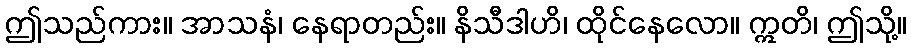
ဤသည်ကား။ အာသနံ၊ နေရာတည်း။ နိသီဒါဟိ၊ ထိုင်နေလော။ ဣတိ၊ ဤသို့။